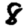
Digit: 8